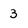
Character: 3